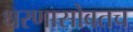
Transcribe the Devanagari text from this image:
धरणासोबतच